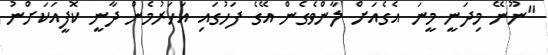
"ނޫނޭ މިދަނީ މީނަ އެގެއަށް ލާންވެގެން އޭގެ ފަހުގައި އަހަރުމެން ދާނީ ކޮފީއަކަށްނު